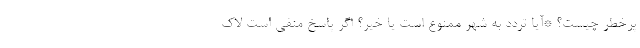
پرخطر چیست؟ *آیا تردد به شهر ممنوع است یا خیر؟ اگر پاسخ منفی است لاک